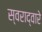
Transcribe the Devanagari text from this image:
स्वराद्वारे